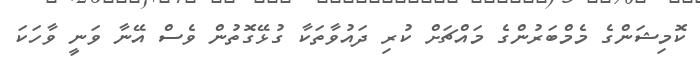
ކޮމިޝަންގެ މެމްބަރުންގެ މައްޗަށް ކުރި ދައުވާތަކާ ގުޅޭގޮތުން ވެސް އޭނާ ވަނީ ވާހަކަ